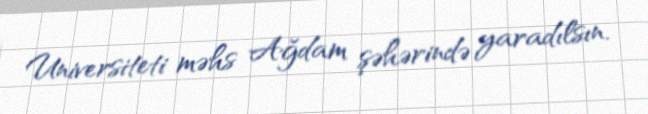
Universiteti məhs Ağdam şəhərində yaradılsın.